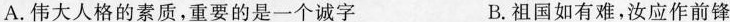
A.伟大人格的素质，重要的是一个诚字